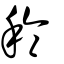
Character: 稐